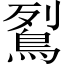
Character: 鴷